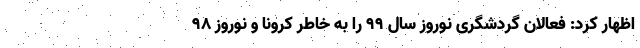
اظهار کرد: فعالان گردشگری نوروز سال ۹۹ را به خاطر کرونا و نوروز ۹۸